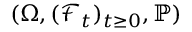
( \Omega , ( \mathcal { F } _ { t } ) _ { t \geq 0 } , \mathbb { P } )